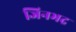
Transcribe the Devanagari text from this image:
जिनभद्र